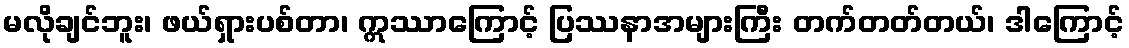
မလိုချင်ဘူး၊ ဖယ်ရှားပစ်တာ၊ ဣဿာကြောင့် ပြဿနာအများကြီး တက်တတ်တယ်၊ ဒါကြောင့်